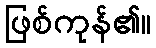
ဖြစ်ကုန်၏။